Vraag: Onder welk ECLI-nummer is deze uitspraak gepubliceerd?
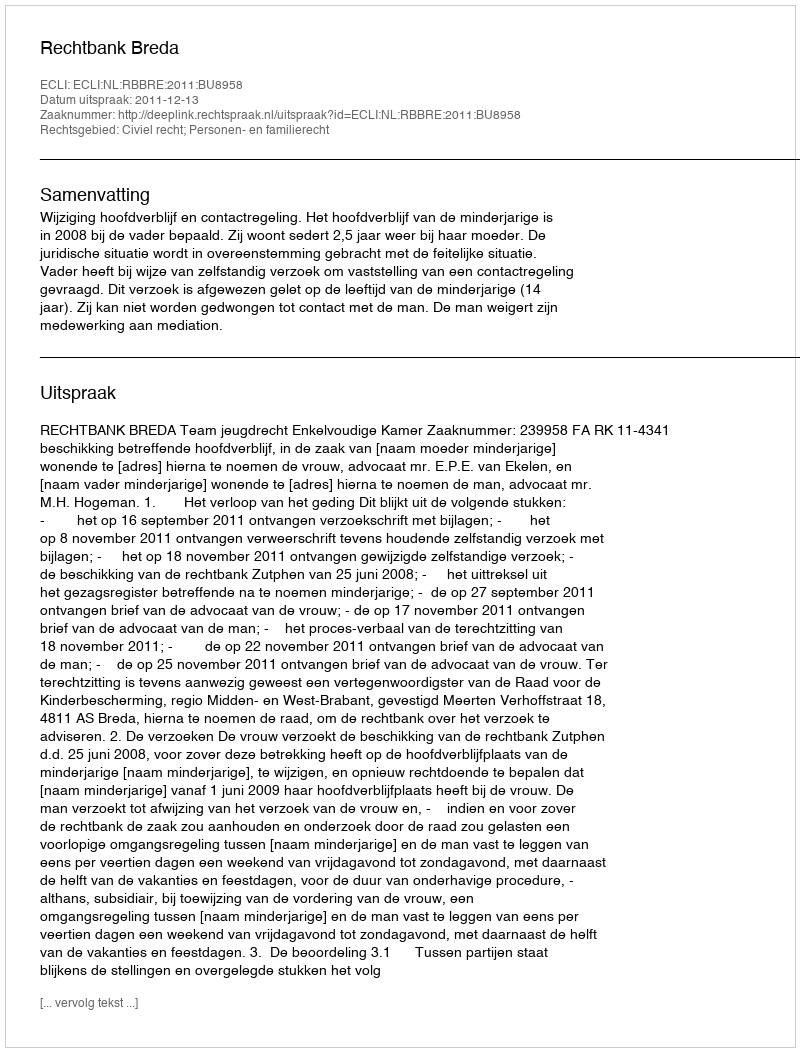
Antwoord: ECLI:NL:RBBRE:2011:BU8958